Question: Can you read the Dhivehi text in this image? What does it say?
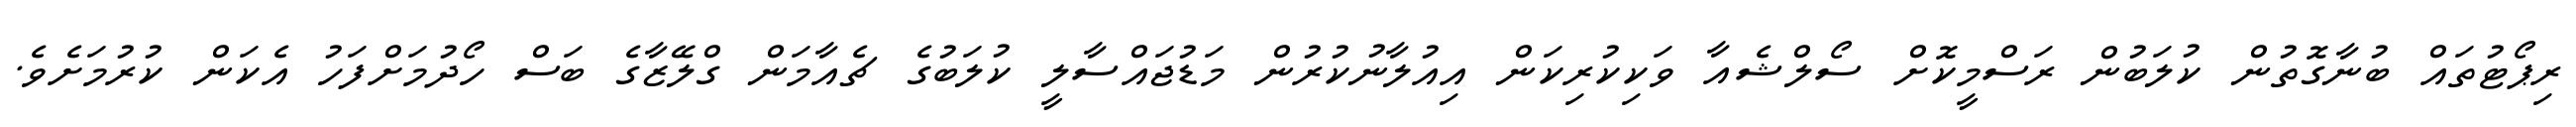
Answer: ރިޕޯޓުތައް ބުނާގޮތުން ކުލަބުން ރަސްމީކޮށް ސޯލްޝެއާ ވަކިކުރިކަން އިއުލާނުކުރުން މަޑުޖައްސާލީ ކުލަބުގެ ޗެއާމަން ގްލޭޒާގެ ބަސް ހޯދުމަށްފަހު އެކަން ކުރުމަށެވެ.